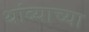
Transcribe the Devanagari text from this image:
थांब्याच्या